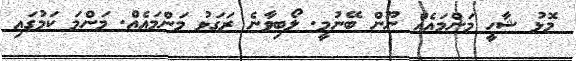
މޮޅު ޝާހީ މަންމައެއް ނޫން ބޭނުމީ. ލޯބިވާނެ ރަގަޅު މަންމައެއް. މަންމަ ކަމުގައި